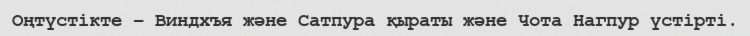
Оңтүстікте – Виндхъя және Сатпура қыраты және Чота Нагпур үстірті.